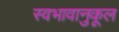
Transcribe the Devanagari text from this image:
स्वभावानुकूल